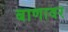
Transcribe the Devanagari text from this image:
बाणावर